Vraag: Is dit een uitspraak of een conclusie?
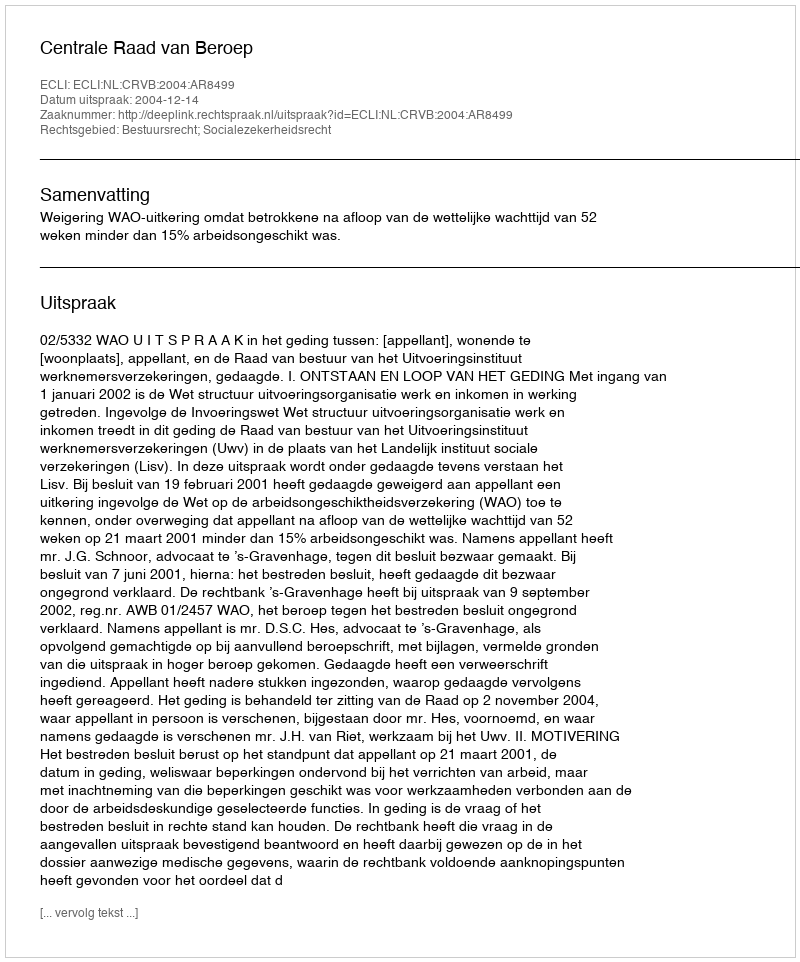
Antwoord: Uitspraak